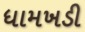
ધામખડી